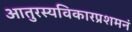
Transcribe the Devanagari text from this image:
आतुरस्यविकारप्रशमनं